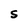
Character: S